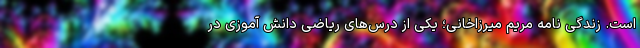
است. زندگی نامه مریم میرزاخانی؛ یکی از درس‌های ریاضی دانش آموزی در